Vaccination in Bombay 1924-1928 - 1924-1928
Year: 1924
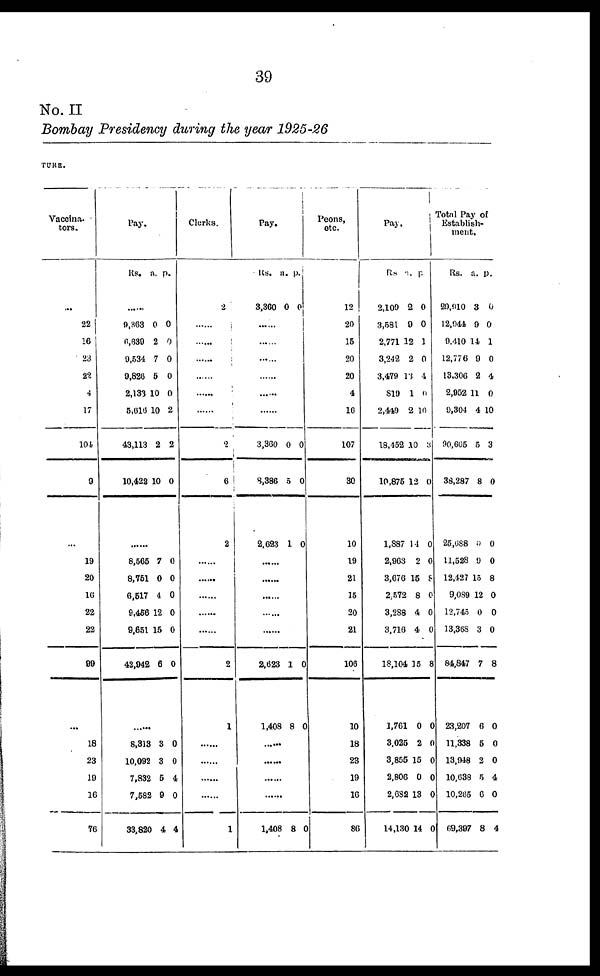
39
No. II
Bombay Presidency during the year 1925-26
TURE.
Vaccina¬
tors.
...
22
16
23
22
4
17
101
9
...
19
20
16
22
22
99
...
18
23
19
16
76
Pay.
Rs. a. p.
......
9,863
6,639
9,534
9,826
2,133
5,616
43,113
10,422
0
2
7
5
10
10
2
10
0
0
0
0
0
2
2
0
......
8,565
8,751
6,517
9,456
9,651
42,942
7
0
4
12
15
6
0
0
0
0
0
0
......
8,313
10,092
7,832
7,582
33,820
3
3
5
0
4
0
0
4
0
4
Clerks.
2
......
......
......
......
......
......
2
6
2
......
......
......
......
......
2
1
......
......
......
......
1
Pay.
Rs.
3,360
a.
0
p.
0
......
......
......
......
......
......
3,360
8,386
2,693
0
5
1
0
0
0
......
......
......
......
......
2,623
1,408
1
8
0
0
......
......
......
......
1,408 8 0
Peons,
etc.
12
20
15
20
20
4
16
107
30
10
19
21
15
20
21
106
10
18
23
19
10
86
Pay.
Rs.
2,109
3,581
2,771
3,242
3,479
819
2,449
18,452
10,875
1,887
2,963
3,676
2,572
3,288
3,716
18,104
1,761
3,025
3,855
2,806
2,682
14,130
a.
2
9
12
2
13
1
2
10
12
14
2
15
8
4
4
15
0
2
15
0
13
14
p.
0
0
1
0
4
11
10
3
0
0
0
8
0
0
0
8
0
0
0
0
0
0
Total Pay of
Establish-
ment.
Rs.
29,910
12,944
9,410
12,776
13,306
2,952
9,304
90,605
38,287
25,688
11,528
12,427
9,089
12,745
13,368
84,847
23,207
11,338
13,948
10,638
10,265
69,397
a.
3
9
14
9
2
11
4
5
8
0
9
15
12
0
3
7
6
5
2
5
6
8
p.
0
0
1
0
4
0
10
3
0
0
0
8
0
0
0
8
0
0
0
4
0
4